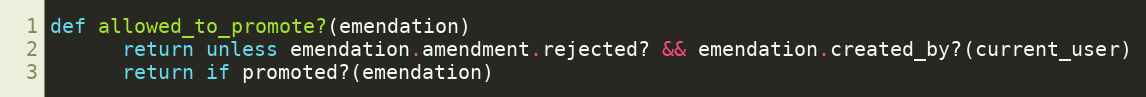
Language: Ruby
def allowed_to_promote?(emendation)
      return unless emendation.amendment.rejected? && emendation.created_by?(current_user)
      return if promoted?(emendation)